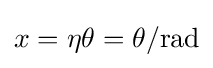
x=\eta \theta =\theta /{\text{rad}}